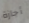
أجازة